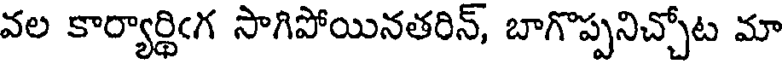
వల కార్యార్థిఁగ సాగిపోయినతరిన్, బాగొప్పనిచ్చోట మా